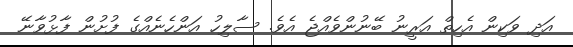
އަދި ވަކިން އެހިތް އަރީނު ބޭނުންވެއްޖެ އެވެ. ސާލިހު އަންހެނެއްގެ ފުށުން ފާޅުވާނޭ